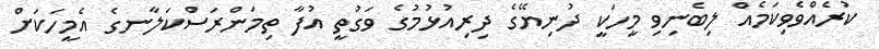
ކުރެއްވެވިކަމެއް ލިބެނިވި މީހަކީ ދުނިޔޭގެ ދިރިއުޅުމުގެ ވަގުތީ އުފާ ތިމަންރަސްކަލާނގެ އެމީހަކަށް